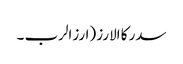
سدر کا الارز (ارزالرب ۔